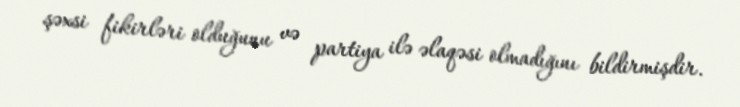
şəxsi fikirləri olduğunu və partiya ilə əlaqəsi olmadığını bildirmişdir.